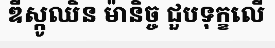
ឌីស្កូឈិន ម៉ានិច្ច ជួបទុក្ខលើ